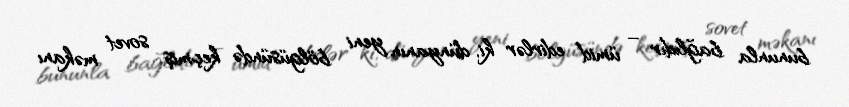
bununla bağlıdır – ümid edirlər ki, dünyanın yeni bölgüsündə keçmiş sovet məkanı